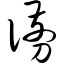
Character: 谫